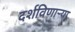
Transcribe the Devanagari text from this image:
दर्शविणाऱ्या